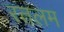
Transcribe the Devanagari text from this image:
रतलम